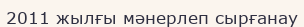
2011 жылғы мәнерлеп сырғанау